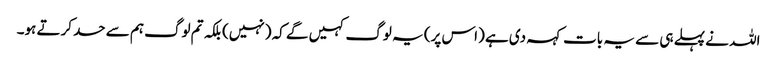
اللہ نے پہلے ہی سے یہ بات کہہ دی ہے (اس پر) یہ لوگ کہیں گے کہ (نہیں) بلکہ تم لوگ ہم سے حسد کرتے ہو۔